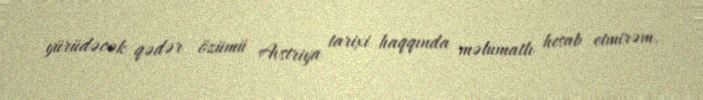
yürüdəcək qədər özümü Avstriya tarixi haqqında məlumatlı hesab etmirəm.